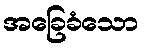
အခြေခံသော